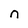
Character: n